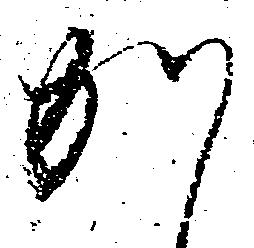
か